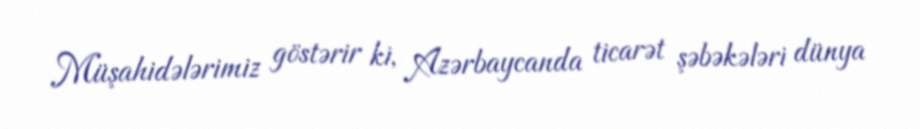
Müşahidələrimiz göstərir ki, Azərbaycanda ticarət şəbəkələri dünya